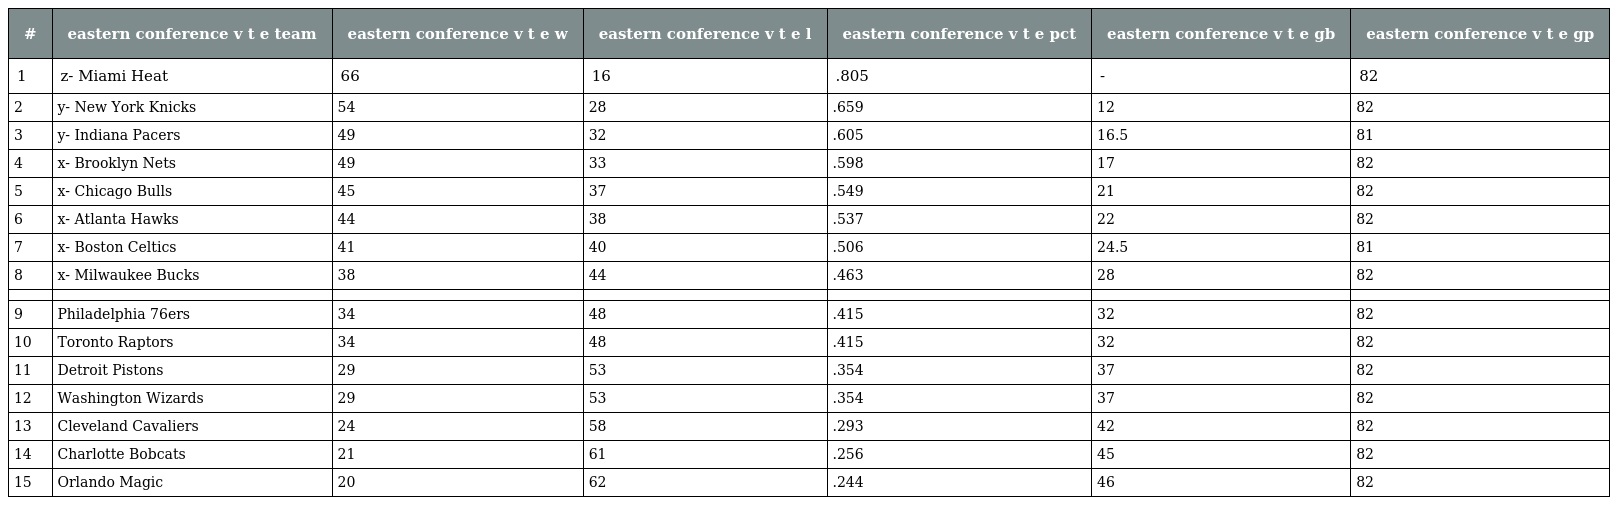
| # | eastern conference v t e team | eastern conference v t e w | eastern conference v t e l | eastern conference v t e pct | eastern conference v t e gb | eastern conference v t e gp |
 | --- | --- | --- | --- | --- | --- | --- |
 | 1 | z- Miami Heat | 66 | 16 | .805 | - | 82 |
 | 2 | y- New York Knicks | 54 | 28 | .659 | 12 | 82 |
 | 3 | y- Indiana Pacers | 49 | 32 | .605 | 16.5 | 81 |
 | 4 | x- Brooklyn Nets | 49 | 33 | .598 | 17 | 82 |
 | 5 | x- Chicago Bulls | 45 | 37 | .549 | 21 | 82 |
 | 6 | x- Atlanta Hawks | 44 | 38 | .537 | 22 | 82 |
 | 7 | x- Boston Celtics | 41 | 40 | .506 | 24.5 | 81 |
 | 8 | x- Milwaukee Bucks | 38 | 44 | .463 | 28 | 82 |
 |  |  |  |  |  |  |  |
 | 9 | Philadelphia 76ers | 34 | 48 | .415 | 32 | 82 |
 | 10 | Toronto Raptors | 34 | 48 | .415 | 32 | 82 |
 | 11 | Detroit Pistons | 29 | 53 | .354 | 37 | 82 |
 | 12 | Washington Wizards | 29 | 53 | .354 | 37 | 82 |
 | 13 | Cleveland Cavaliers | 24 | 58 | .293 | 42 | 82 |
 | 14 | Charlotte Bobcats | 21 | 61 | .256 | 45 | 82 |
 | 15 | Orlando Magic | 20 | 62 | .244 | 46 | 82 |